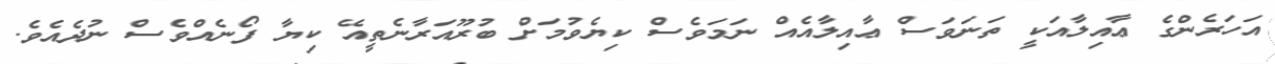
އަހަރެންގެ ޢާއިލާއަކީ ތަނަވަސް ޢާއިލާއެއް ނަމަވެސް ކިޔެވުމަށް ބުރޫއަރާނެތީއޭ ކިޔާ ފޯނެއްވެސް ނުދެއެވެ.